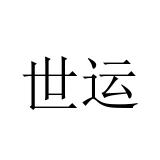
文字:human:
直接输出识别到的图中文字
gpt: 世运